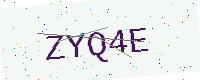
Text: ZYQ4E